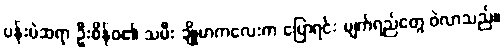
ပန်းပဲဆရာ ဦးစိန်ဝ၏ သမီး ချိုမာကလေးက ပြောရင်း မျက်ရည်တွေ ဝဲလာသည်။